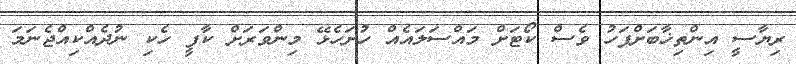
ރިޔާސީ އިންތިޚާބަށްފަހު ވެސް ކޯޓަށް މައްސަލައެއް ހުށަހެޅޭ މިންވަރަށް ކާފީ ހެކި ނުދެއްކިއްޖެނަމަ